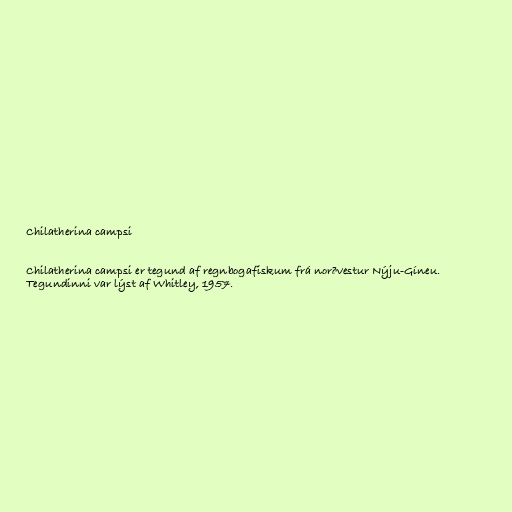
Chilatherina campsi

Chilatherina campsi er tegund af regnbogafiskum frá norðvestur Nýju-Gíneu.
Tegundinni var lýst af Whitley, 1957.